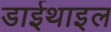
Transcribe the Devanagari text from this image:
डाईथाइल